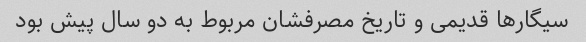
سیگارها قدیمی و تاریخ مصرفشان مربوط به دو سال پیش بود